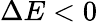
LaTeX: \Delta E<0